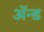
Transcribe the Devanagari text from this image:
ॲन्‍ड